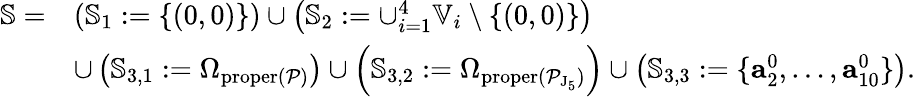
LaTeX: \begin{array}{rl}{\mathbb{S}=}&{\left(\mathbb{S}_{1}:=\{ (0,0)\} \right)\cup\left(\mathbb{S}_{2}:=\cup_{i=1}^{4}\mathbb{V}_{i}\setminus\{ (0,0)\} \right)}\\ &{\cup\left(\mathbb{S}_{3,1}:=\Omega_{\mathrm{proper}(\mathcal{P})}\right)\cup\left(\mathbb{S}_{3,2}:=\Omega_{\mathrm{proper}(\mathcal{P}_{\mathrm{J}_{5}})}\right)\cup\left(\mathbb{S}_{3,3}:=\{ \mathbf{a}_{2}^{0},\ldots,\mathbf{a}_{10}^{0}\} \right).}\end{array}